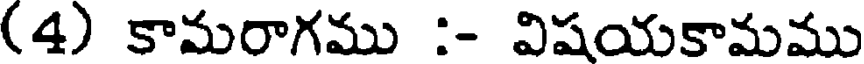
(4) కామరాగము :- విషయకామము